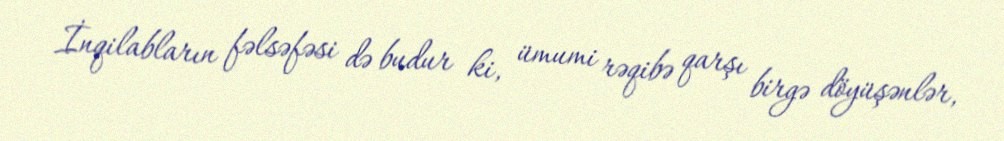
İnqilabların fəlsəfəsi də budur ki, ümumi rəqibə qarşı birgə döyüşənlər,